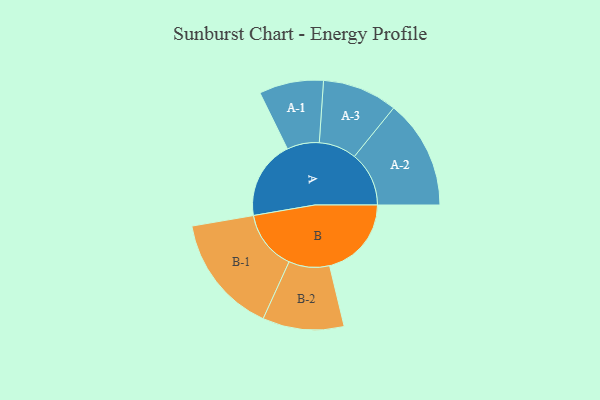
{"axis": {"x": "Segment", "y": "Value"}, "legend": ["", "A", "B"], "data": [{"x": "A", "y": 352, "type": ""}, {"x": "B", "y": 366, "type": ""}, {"x": "A-1", "y": 144, "type": "A"}, {"x": "A-2", "y": 244, "type": "A"}, {"x": "A-3", "y": 168, "type": "A"}, {"x": "B-1", "y": 267, "type": "B"}, {"x": "B-2", "y": 182, "type": "B"}]}